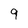
Character: 9